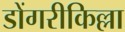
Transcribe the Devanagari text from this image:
डोंगरीकिल्ला